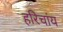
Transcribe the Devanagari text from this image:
हरिचांय